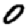
Digit: 0